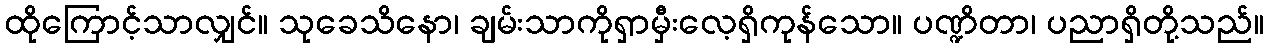
ထိုကြောင့်သာလျှင်။ သုခေသိနော၊ ချမ်းသာကိုရှာမှီးလေ့ရှိကုန်သော။ ပဏ္ဍိတာ၊ ပညာရှိတို့သည်။